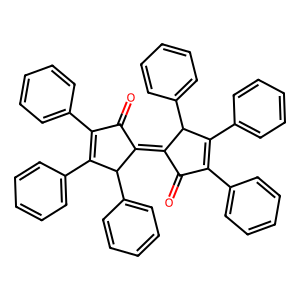
SMILES: O=C1C(c2ccccc2)=C(c2ccccc2)C(c2ccccc2)C1=C1C(=O)C(c2ccccc2)=C(c2ccccc2)C1c1ccccc1
Inhibits HIV replication: No